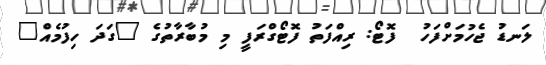
ލަނޑު ޖެހުމަށްފަހު  ފޮޓޯ: ރިއްފަތު ފޮޓޯގްރަފީ މި މުބާރާތުގެ "ގަދަ ހިފުމެއް"